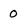
Character: 0